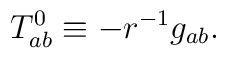
T_{ab}^0\equiv -r^{-1}g_{ab}.